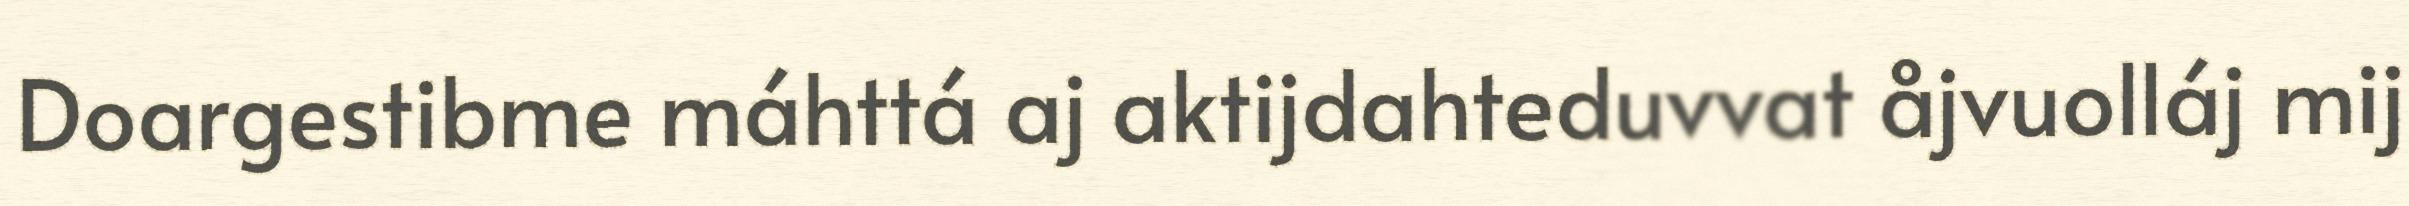
Doargestibme máhttá aj aktijdahteduvvat åjvuolláj mij